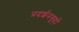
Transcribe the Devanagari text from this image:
प्रदर्शनगृहों